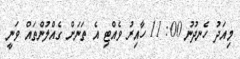
މިއަދު ހެނދުނު 00: 11 ހާއިރު ވެއްޓި އެ ތަނަށް ގެއްލުންތައް ވަނީ